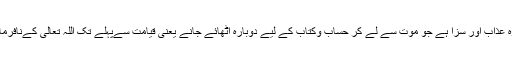
عذاب قبر سے مراد وہ عذاب اور سزا ہے جو موت سے لے کر حساب وکتاب کے لیے دوبارہ اٹھائے جانے یعنی قیامت سےپہلے تک اللہ تعالیٰ کےنافرمانوں کودی جاتی ہے ۔